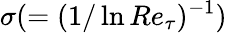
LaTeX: \sigma(=(1/\ln Re_{\tau})^{-1})